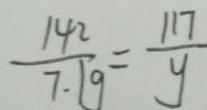
\frac { 1 4 2 } { 7 . 1 g } = \frac { 1 1 7 } { y }